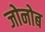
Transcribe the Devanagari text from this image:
जोनोब